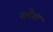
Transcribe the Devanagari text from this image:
मथैया